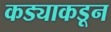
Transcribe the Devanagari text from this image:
कड्याकडून